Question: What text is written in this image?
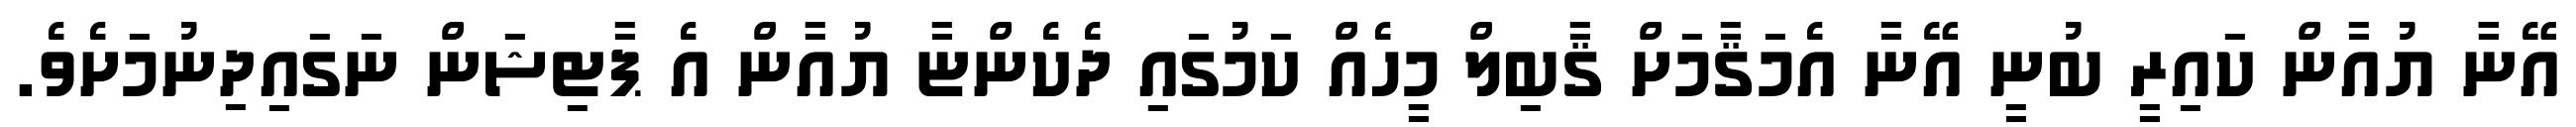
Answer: އޭނާާ ޔުއާން ކައިރީ ބުނީ އޭނާ އެމަޤާމަށް ޤާބިލް މީހެއް ކަމުގައި ދެކެންޏާ ޔުއާން އެ ޕާޓިޝަން ނަގައިދިނުމަށެވެ.